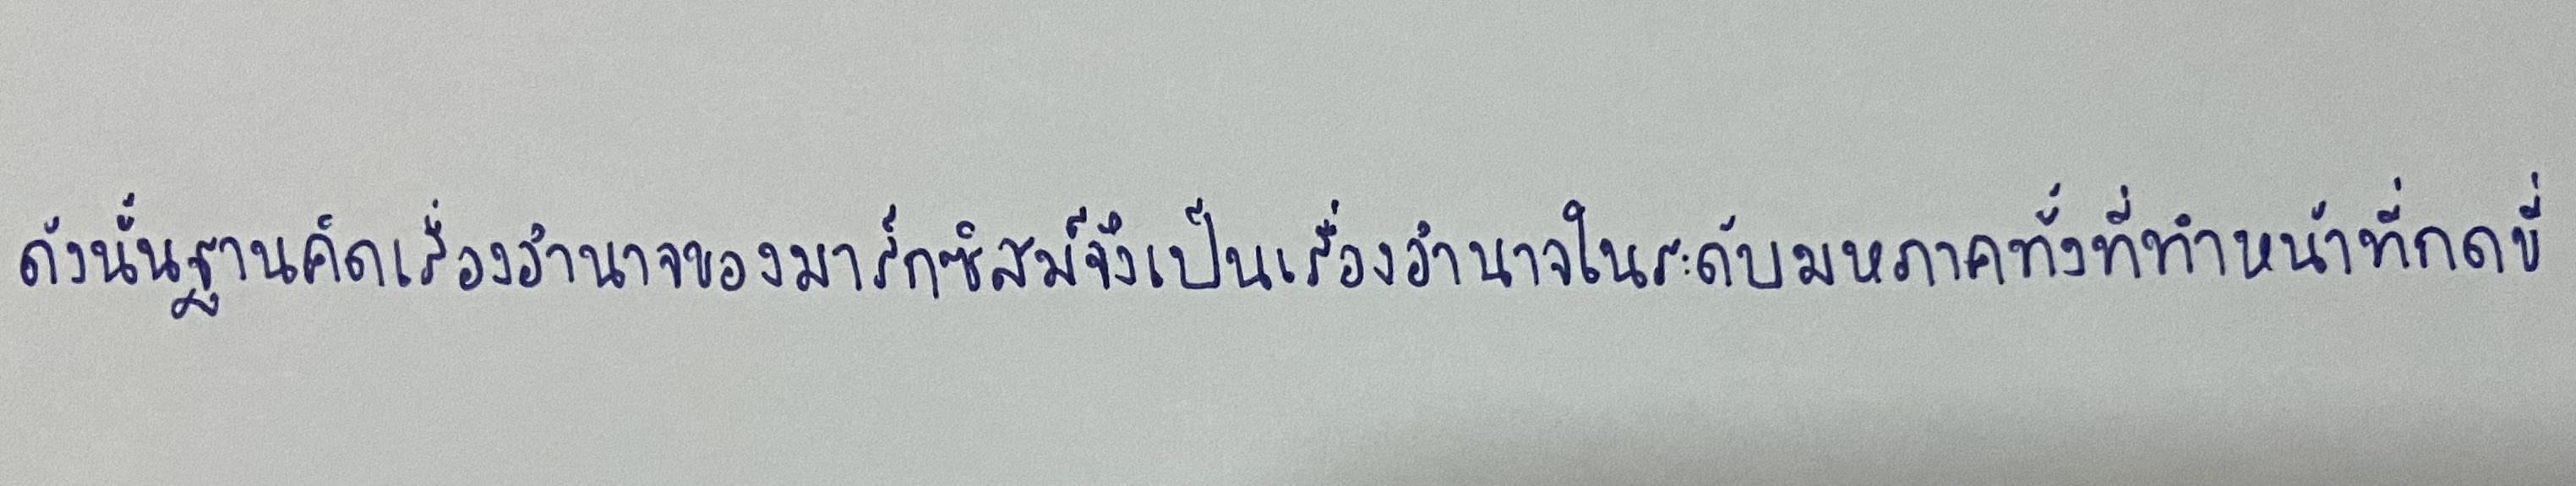
ดังนั้นฐานคิดเรื่องอำนาจของมาร์กซิสม์จึงเป็นเรื่องอำนาจในระดับมหภาคทั้งที่ทำหน้าที่กดขี่